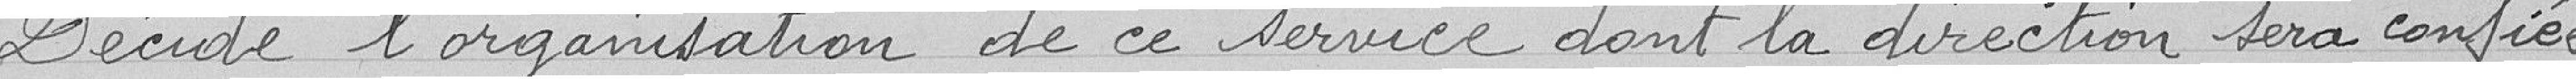
Décide l'organisation de ce service dont la direction sera confiée